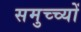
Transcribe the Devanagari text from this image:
समुच्च्यों